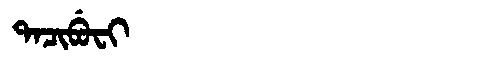
Manchu: ᡨᠠᠴᡳᠪᡠᠸᡳ
Romanization: TACIBUFI